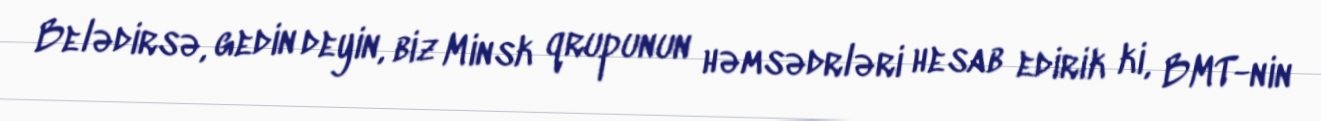
Belədirsə, gedin deyin, biz Minsk qrupunun həmsədrləri hesab edirik ki, BMT-nin